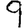
Digit: 9